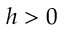
h > 0